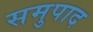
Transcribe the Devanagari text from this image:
समुपाद